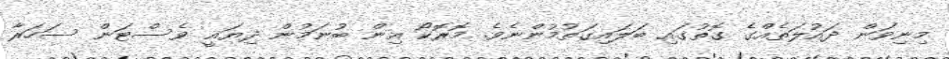
މިނިވަން ދައުލަތެއްގެ ގޮތުގައި ބަލައިގަތުމުންނެވެ. މޮރޮކޯ އިން ބުނަމުން ދިޔައީ ވެސްޓަން ސަހަރާ